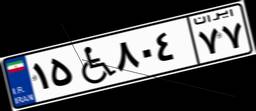
۱۵W۸۰۴۷۷